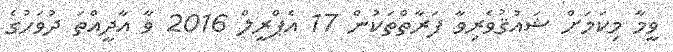
ވީމާ މިކަމަށް ޝައުޤުވެރިވާ ފަރާތްތަކުން 17 އެޕްރީލް 2016 ވާ އާދީއްތަ ދުވަހުގެ